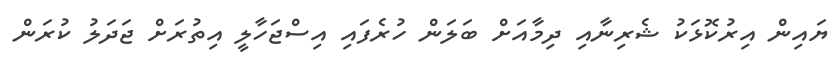
ޔައިން އިރުކޮޅަކު ޝެރިނާއި ދިމާއަށް ބަލަން ހުރެފައި އިސްޖަހާލީ އިތުރަށް ޖަދަލު ކުރަން